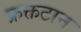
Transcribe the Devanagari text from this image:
फ्रक्तटान